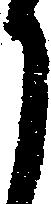
月